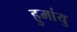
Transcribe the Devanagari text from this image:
हुमांयु